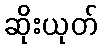
ဆိုးယုတ်